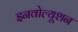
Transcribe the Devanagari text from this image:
इनवोल्यूशन